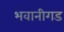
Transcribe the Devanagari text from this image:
भवानीगड